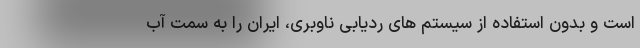
است و بدون استفاده از سیستم های ردیابی ناوبری، ایران را به سمت آب